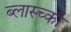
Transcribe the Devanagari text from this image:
ब्लास्च्को